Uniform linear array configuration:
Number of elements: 32
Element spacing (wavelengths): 0.75
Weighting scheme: hamming
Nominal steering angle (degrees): -60
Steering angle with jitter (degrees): -61.481
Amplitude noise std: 0.05
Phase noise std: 0.05

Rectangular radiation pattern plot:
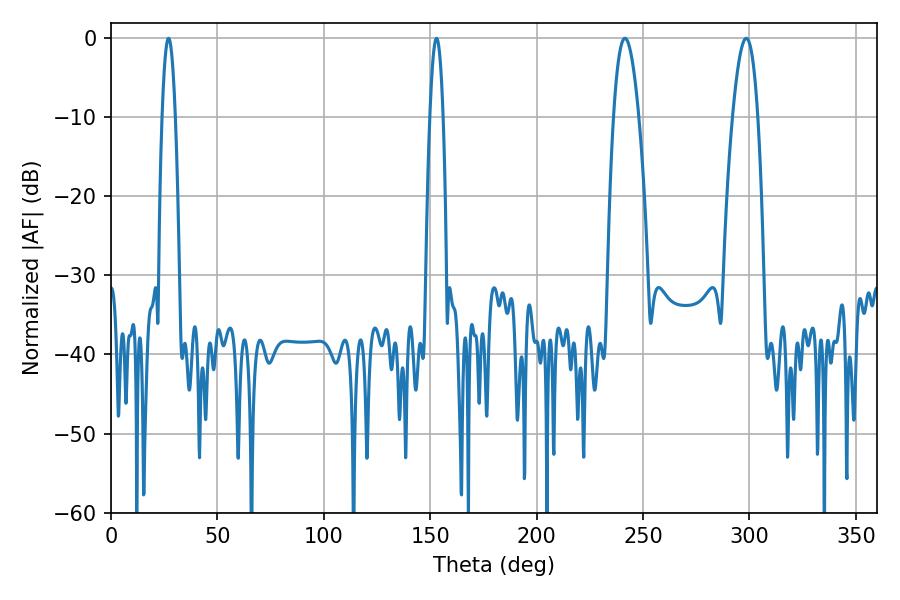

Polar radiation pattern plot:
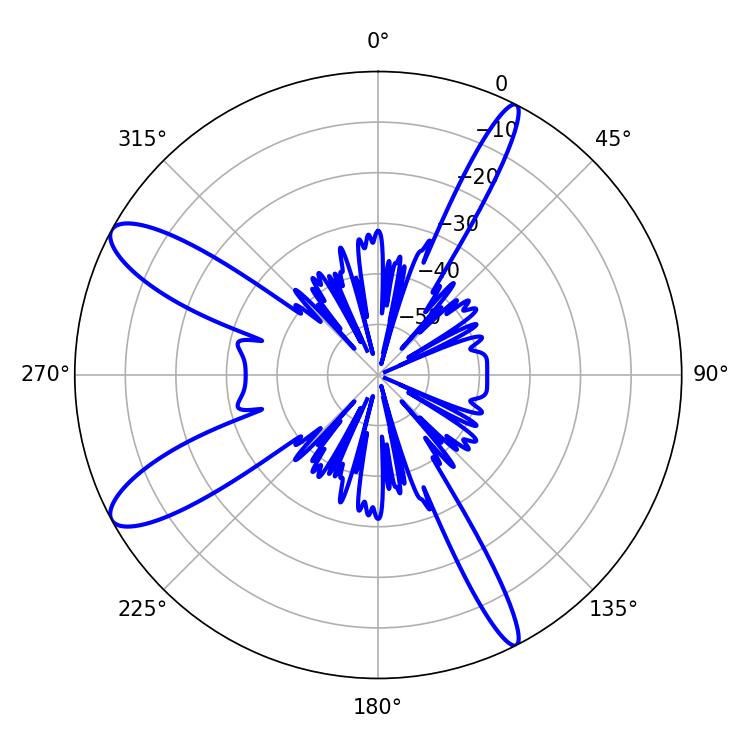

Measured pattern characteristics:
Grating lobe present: TRUE
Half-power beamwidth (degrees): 6.48
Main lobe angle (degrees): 241.56